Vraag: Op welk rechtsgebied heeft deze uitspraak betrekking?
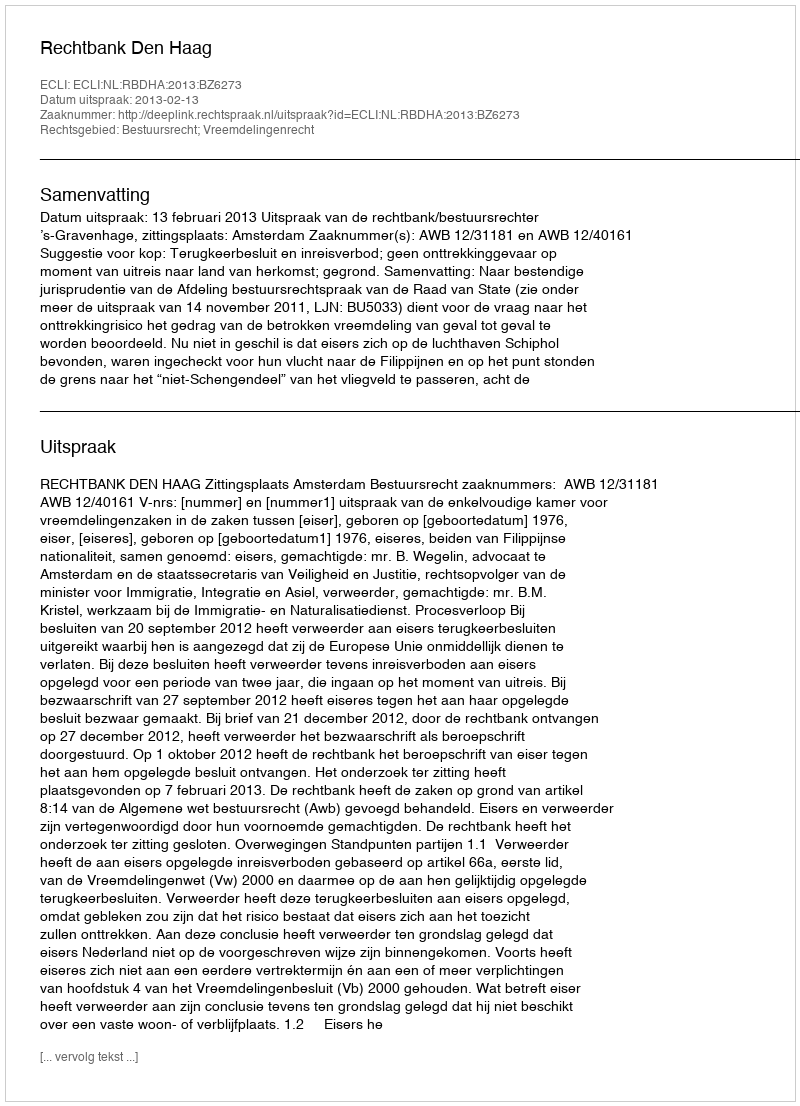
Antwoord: Bestuursrecht; Vreemdelingenrecht